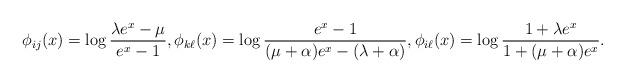
LaTeX: \begin{align*}\phi_{ij}(x)=\log\frac{\lambda e^x-\mu}{e^x-1},\phi_{k\ell}(x)=\log\frac{e^x-1}{(\mu+\alpha)e^x-(\lambda+\alpha)},\phi_{i\ell}(x)=\log\frac{1+\lambda e^x}{1+(\mu+\alpha)e^x}.\end{align*}